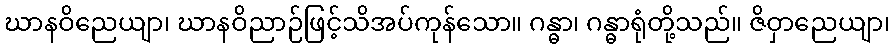
ဃာနဝိညေယျာ၊ ဃာနဝိညာဉ်ဖြင့်သိအပ်ကုန်သော။ ဂန္ဓာ၊ ဂန္ဓာရုံတို့သည်။ ဇိဝှာညေယျာ၊